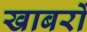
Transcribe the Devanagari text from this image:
खाबरों